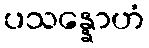
ပသန္နောဟံ